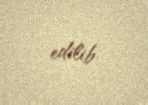
edilib.